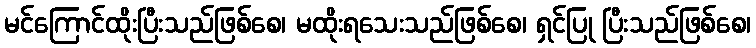
မင်ကြောင်ထိုးပြီးသည်ဖြစ်စေ၊ မထိုးရသေးသည်ဖြစ်စေ၊ ရှင်ပြု ပြီးသည်ဖြစ်စေ၊